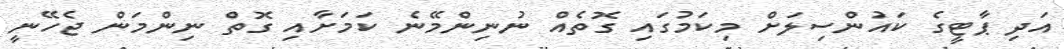
އަދި ޕާޓީގެ ކައުންސިލަށް މިކަމުގައި ގޮތެއް ނުނިންމޭނެ ކަމަށާއި ގޮތް ނިންމަން ޖެހޭނީ